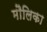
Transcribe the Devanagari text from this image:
मौलिका